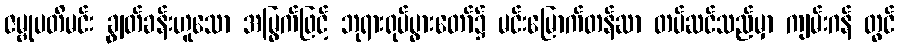
ဇမ္ဗုပတိမင်း ချွတ်ခန်းဟူသော အမြွက်ဖြင့် ဘုရားရုပ်ပွားတော်၌ မင်းမြောက်တန်ဆာ တပ်ဆင်သည်မှာ ကျမ်းဂန် တွင်